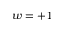
w = + 1